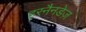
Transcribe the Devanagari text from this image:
हरनैनडेज़